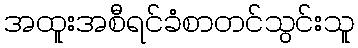
အထူးအစီရင်ခံစာတင်သွင်းသူ